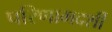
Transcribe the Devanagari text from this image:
परिणामदर्शी